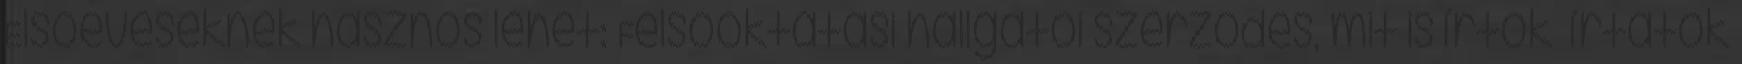
Elsőéveseknek hasznos lehet: Felsőoktatási hallgatói szerződés, mit is írtok írtatok